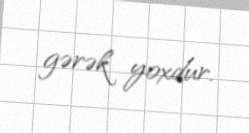
gərək yoxdur.